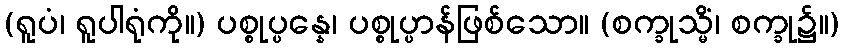
(ရူပံ၊ ရူပါရုံကို။) ပစ္စုပ္ပန္နေ၊ ပစ္စုပ္ပာန်ဖြစ်သော။ (စက္ခုသ္မိံ၊ စက္ခု၌။)